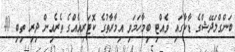
ބަންގްލަދޭޝްގެ ޑާކާގައި ވެއްޓި ބިމާހަމަވި އިމާރާތުގެ ކޮޓަރިއެއްގެ ތެރެއިން ދިރި ތިބި 40